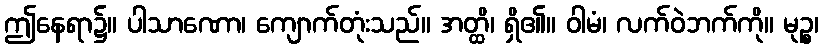
ဤနေရာ၌။ ပါသာဏော၊ ကျောက်တုံးသည်။ အတ္ထိ၊ ရှိ၏။ ဝါမံ၊ လက်ဝဲဘက်ကို။ မုဉ္စ၊